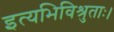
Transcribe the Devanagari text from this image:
इत्यभिविश्रुताः।